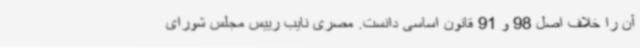
آن را خلاف اصل 98 و 91 قانون اساسی دانست. مصری نایب رییس مجلس شورای